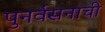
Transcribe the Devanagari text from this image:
पुनर्वसनाची